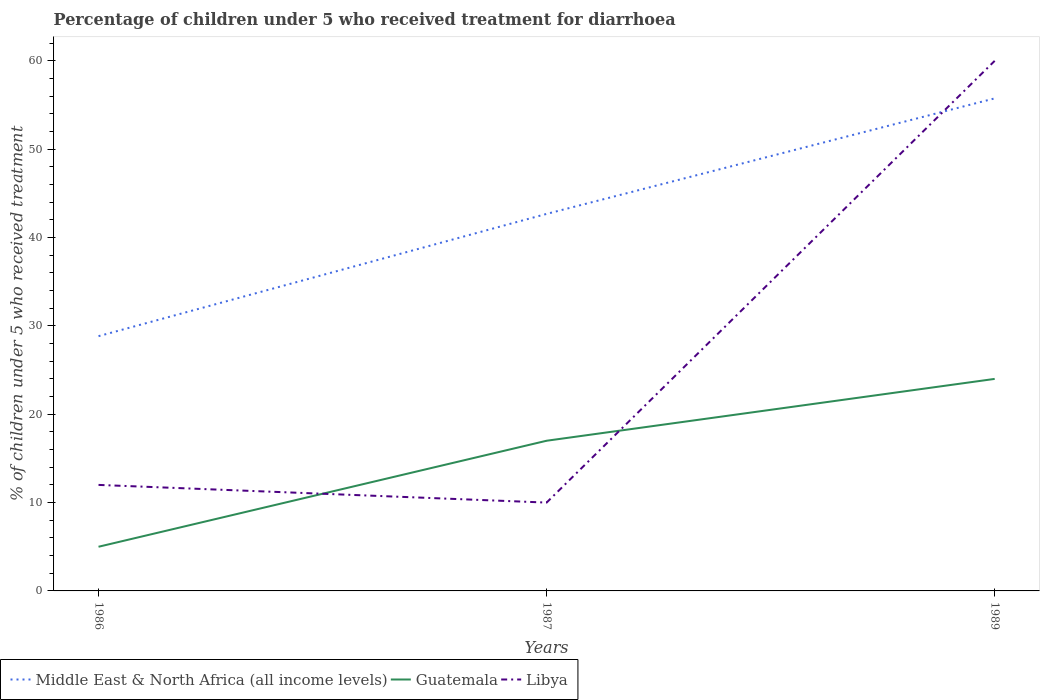
| Years | Middle East & North Africa (all income levels) | Guatemala | Libya |
 | --- | --- | --- | --- |
 | 1986 | 28.8 | 5 | 12 |
 | 1987 | 42.7 | 17 | 10 |
 | 1989 | 55.8 | 24 | 60 |